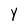
Character: Y